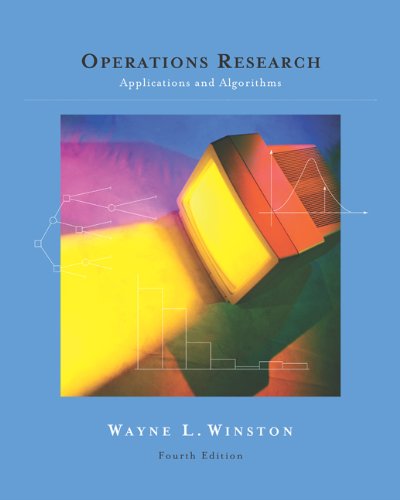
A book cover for Operations Research: Applications and Algorithms (with CD-ROM and InfoTrac); Wayne L. Winston; Science & Math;